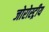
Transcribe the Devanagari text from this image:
जोरोस्ट्रीय